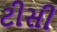
ટીસી